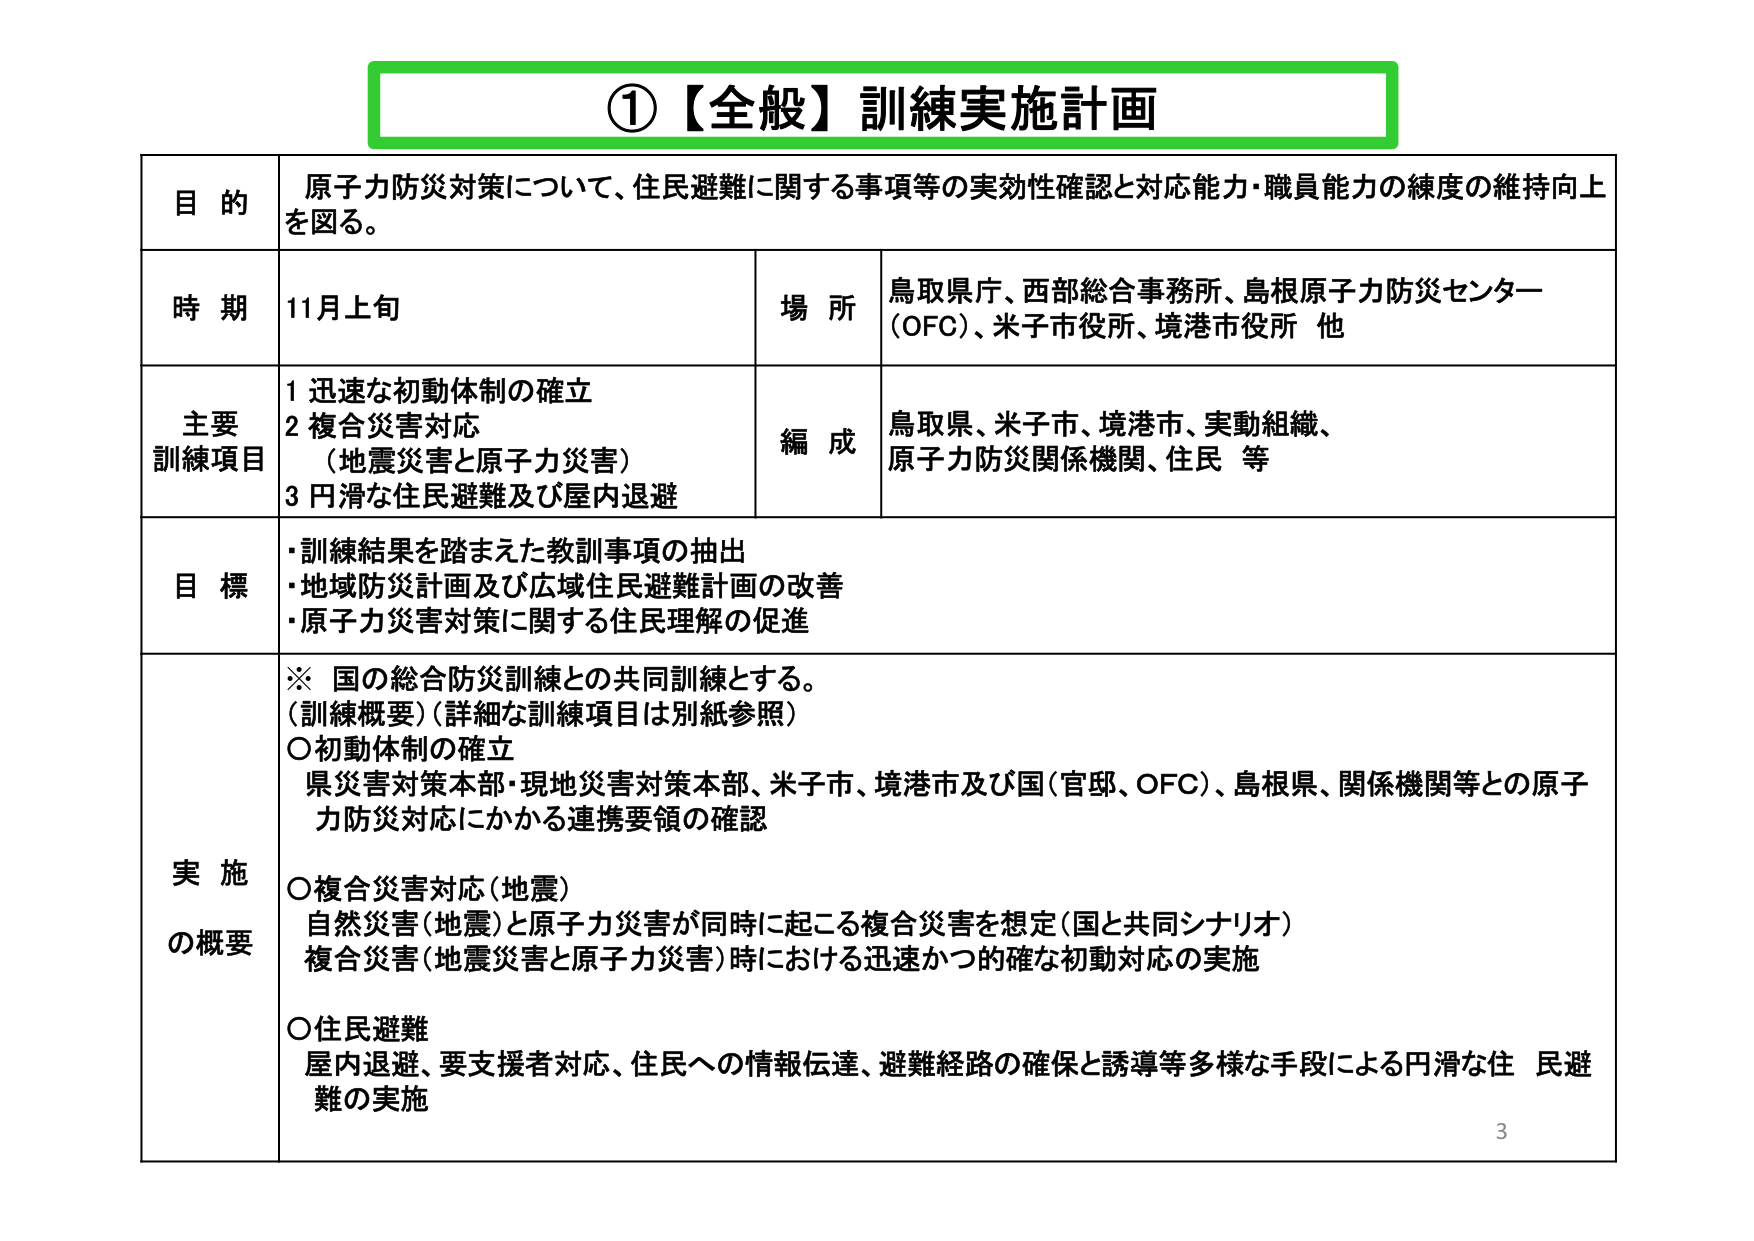
①【全般】訓練実施計画

目的
原子力防災対策について、住民避難に関する事項等の実効性確認と対応能力・職員能力の練度の維持向上を図る。

時期
11月上旬

場所
鳥取県庁、西部総合事務所、島根原子力防災センター（OFC）、米子市役所、境港市役所 他

主要訓練項目
1 迅速な初動体制の確立
2 複合災害対応（地震災害と原子力災害）
3 円滑な住民避難及び屋内退避

編成
鳥取県、米子市、境港市、実動組織、原子力防災関係機関、住民 等

目標
・訓練結果を踏まえた教訓事項の抽出
・地域防災計画及び広域住民避難計画の改善
・原子力災害対策に関する住民理解の促進

実施の概要
※ 国の総合防災訓練との共同訓練とする。
（訓練概要）（詳細な訓練項目は別紙参照）
○初動体制の確立
県災害対策本部・現地災害対策本部、米子市、境港市及び国（官邸、OFC）、島根県、関係機関等との原子力防災対応にかかる連携要領の確認

○複合災害対応（地震）
自然災害（地震）と原子力災害が同時に起こる複合災害を想定（国と共同シナリオ）
複合災害（地震災害と原子力災害）時における迅速かつ確な初動対応の実施

○住民避難
屋内退避、要支援者対応、住民への情報伝達、避難経路の確保と誘導等多様な手段による円滑な住民避難の実施

3